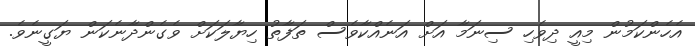
އެހެންކަމުން މިއީ ދިވެހި ސިނަމާ އަށް އަނެއްކާވެސް ތަފާތު ހިޔާލަކަށް ވެގެންދާނެކަން ޔަގީނެވެ.